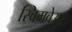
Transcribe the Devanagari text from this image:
स्विमवेअर